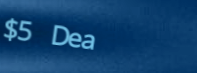
$5 Deal